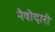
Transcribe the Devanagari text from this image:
नैवोदारी